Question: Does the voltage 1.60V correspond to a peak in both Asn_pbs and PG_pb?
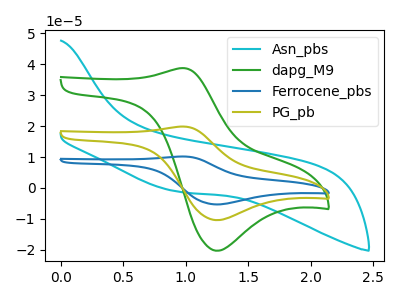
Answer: <think>The cyan curve "Asn_pbs" has no peaks. The green curve "dapg_M9" has an anodic peak at (1.00V, 38.75uA) and a cathodic peak at (1.25V, -20.30uA). The blue curve "Ferrocene_pbs" has an anodic peak at (1.00V, 39.70uA) and a cathodic peak at (1.25V, -20.80uA). The olive curve "PG_pb" has an anodic peak at (1.00V, 19.85uA) and a cathodic peak at (1.25V, -10.40uA).</think>
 <answer>No, "Asn_pbs" and "PG_pb" dont share a peak at 1.60V.</answer>
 <eval>mismatch</eval>